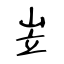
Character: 岦